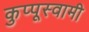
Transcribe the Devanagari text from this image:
कुप्पूस्वामी